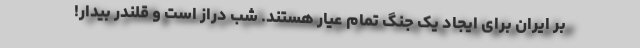
بر ایران برای ایجاد یک جنگ تمام عیار هستند. شب دراز است و قلندر بیدار!